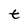
Character: t